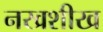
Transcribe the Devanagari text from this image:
नखशीख